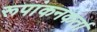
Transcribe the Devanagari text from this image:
रूपांकनकर्ता